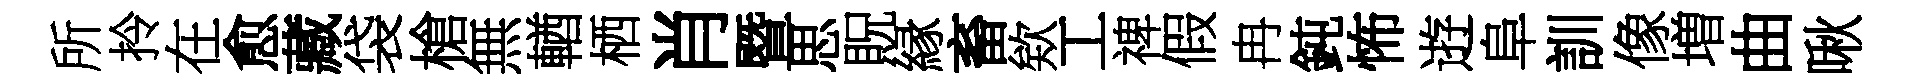
所拎在愈藏袋槍無輶栖肖暨思貺縁畜欸工禆假冉鈍怖逰阜訓像増曲啾